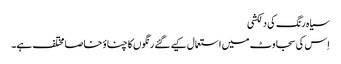
سیاہ رنگ کی دلکشی
اِس کی سجاوٹ میں استعمال کیے گئے رنگوں کا چناؤ خاصا مختلف ہے۔